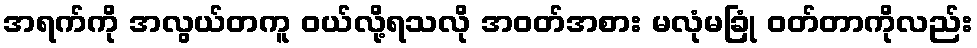
အရက်ကို အလွယ်တကူ ဝယ်လို့ရသလို အဝတ်အစား မလုံမခြုံ ဝတ်တာကိုလည်း